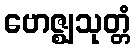
ဗောဇ္ဈသုတ္တံ